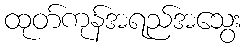
ထုတ်ကုန်အရည်အသွေး